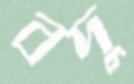
বদু